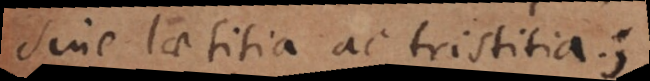
sine laetitia ac tristitia;